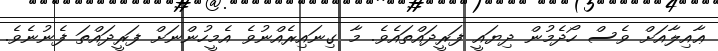
ޢާއިލާއަށް ވެސް ހޯދެމުން ދިޔައީ ފަރީދައްތައެވެ. މާ ގިނައިރެއްނުވެ އެމީހުންނަށް ފަރީދައްތަ ފެނުނެވެ.